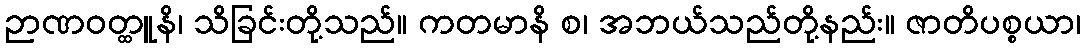
ဉာဏဝတ္ထူနိ၊ သိခြင်းတို့သည်။ ကတမာနိ စ၊ အဘယ်သည်တို့နည်း။ ဇာတိပစ္စယာ၊